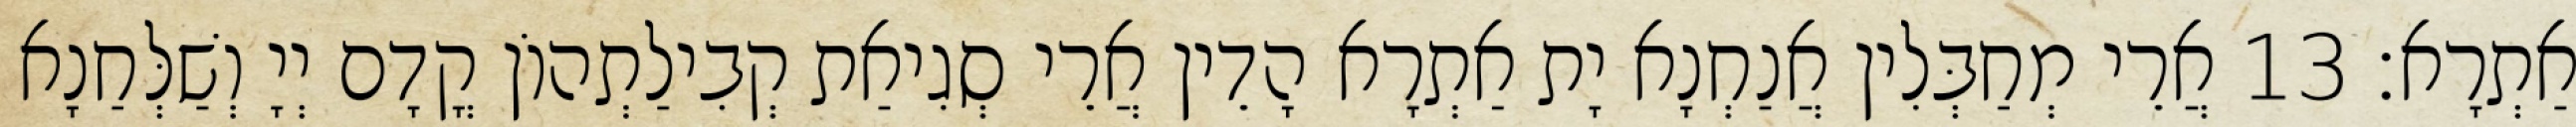
אַתְרָא׃ 13 אֲרֵי מְחַבְּלִין אֲנַחְנָא יָת אַתְרָא הָדֵין אֲרֵי סְגִיאַת קְבִילַתְהוֹן קֳדָם יְיָ וְשַׁלְּחַנָא